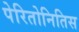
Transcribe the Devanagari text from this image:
पेरितोनितिस